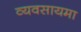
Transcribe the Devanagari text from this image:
व्यवसायमा